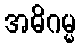
အဓိဂမ္မ